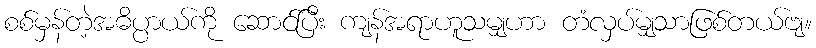
စစ်မှန်တဲ့အဓိပ္ပာယ်ကို ဆောင်ပြီး ကျန်အရာဟူသမျှဟာ တံလှပ်မျှသာဖြစ်တယ်ဗျ။